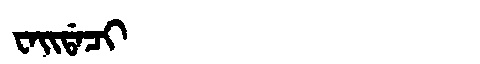
Manchu: ᠸᠠᡳᡩᠠᠴᡳ
Romanization: WAIDACI